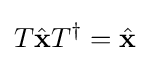
T{\hat {\mathbf {x} }}T^{\dagger }={\hat {\mathbf {x} }}